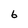
Character: 6